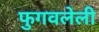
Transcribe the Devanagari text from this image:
फुगवलेली